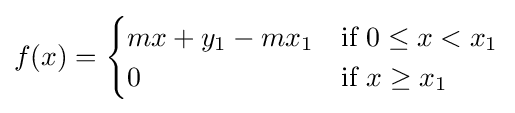
f(x)={\begin{cases}mx+y_{1}-mx_{1}&{\text{if }}0\leq x<x_{1}\\0&{\text{if }}x\geq x_{1}\end{cases}}